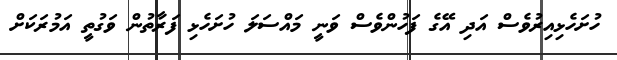
ހުށަހެޅިއިރުވެސް އަދި އޭގެ ފަހުންވެސް ވަނީ މައްސަލަ ހުށަހެޅި ފަރާތުން ވަގުތީ އަމުރަކަށް